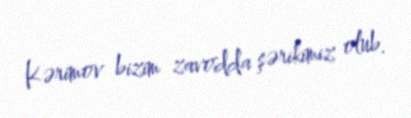
Kərimov bizim zavodda şərikimiz olub.